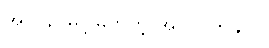
အလွန် မြင့်မြတ်တဲ့ အလုပ်တခုပါ။